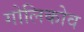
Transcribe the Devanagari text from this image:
गोलिकोव